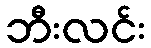
ဘီးလင်း